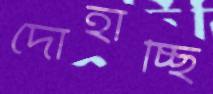
দোহাচ্ছি